Senior Leaving Certificate Examination (including Day School Certificate (Higher) General paper), 1950
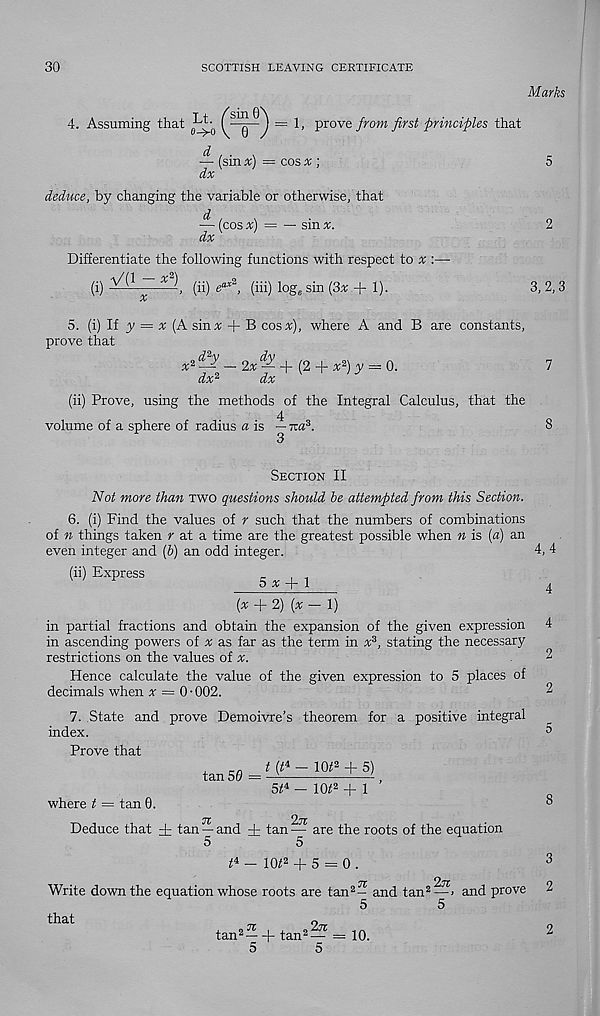
30
SCOTTISH LEAVING CERTIFICATE
Marks
4. Assuming that ^
— 1, prove from first principles that
— (sin x) = cos ;
dx
deduce, by changing the variable or otherwise, that
— (cos x) = — sin x.
dx
Differentiate the following functions with respect to ^
(i)
V(1 - * 2
, (ii) e ax2 , (hi) log e sin (3x + 1).
3, 2,3
5. (i) If y = a; (A sinv + B cosx), where A and B are constants,
prove that
x 2 — — 2^; — + (2 + % 2 ) y == 0.
dx 2
dx x
(ii) Prove, using the methods of the Integral Calculus, that the
4
volume of a sphere of radius a is — ira 3 .
3
Section II
Not more than two questions should he attempted from this Section.
6. (i) Find the values of r such that the numbers of combinations
of n things taken r at a time are the greatest possible when n is {a) an
even integer and [h) an odd integer.
(H) ExpreSS
5 * + 1
4,4
{x + 2) [x — 1)
in partial fractions and obtain the expansion of the given expression 4
in ascending powers of * as far as the term in x 3 , stating the necessary
restrictions on the values of x.
.2
Hence calculate the value of the given expression to 5 places of
decimals when * = 0-002.
2
7. State and prove Demoivre’s theorem for a positive integral
index.
0
Prove that
t {t* - 10* 2 + 5)
tan 50 =
5< 4 - I0t 2 + 1
where t = tan 0.
7Z
*2j7Z
Deduce that dr tan — and dr tan — are the roots of the equation
5
5
^ - 10* 2 d- 5 = 0 .
7z
2n
Write down the equation whose roots are tan 2 - and tan 2 —, and prove
5
5
tan 2 — tan 2 —
5
5
10.
that
2